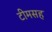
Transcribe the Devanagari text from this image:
टीमसह